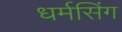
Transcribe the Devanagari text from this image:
धर्मसिंग